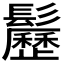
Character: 𩯺